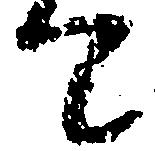
て